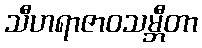
သီဟရာဇာဝသမ္ဘီတာ